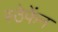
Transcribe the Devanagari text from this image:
स्ठेफेंन